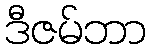
ဒီဇမ်ဘာ